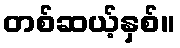
တစ်ဆယ့်နှစ်။